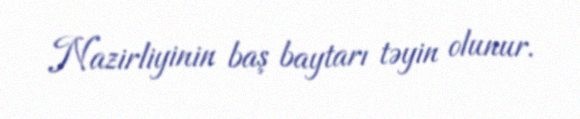
Nazirliyinin baş baytarı təyin olunur.